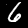
Label: 6